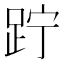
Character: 𨀉